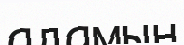
адамын